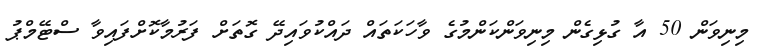
މިނިވަން 50 އާ ގުޅިގެން މިނިވަންކަންމުގެ ވާހަކަތައް ދައްކުވައިދޭ ގޮތަށް ފަރުމާކޮށްފައިވާ ސްޓޭމްޕު